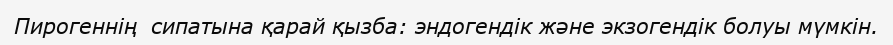
Пирогеннің  сипатына қарай қызба: эндогендік және экзогендік болуы мүмкін.